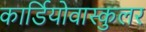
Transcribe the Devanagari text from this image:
कार्डियोवास्कुलर